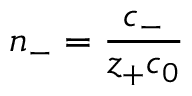
n _ { - } = \frac { c _ { - } } { z _ { + } c _ { 0 } }